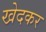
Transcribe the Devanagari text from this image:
खेदकर